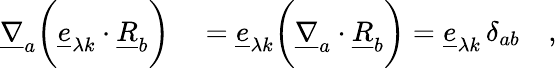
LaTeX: \begin{array}{rl}{\underline{{\nabla}}_{a}\biggl(\underline{{e}}_{\lambda k}\cdot\underline{{R}}_{b}\biggr)}&{{}=\underline{{e}}_{\lambda k}\biggl(\underline{{\nabla}}_{a}\cdot\underline{{R}}_{b}\biggr)=\underline{{e}}_{\lambda k}\, \delta_{ab}\quad,}\end{array}